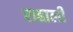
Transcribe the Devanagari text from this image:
राहाली